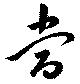
當